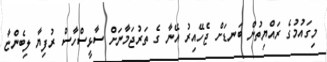
މިގައުމުގެ ރައްޔިތުން ބަނޑަށް ޖެހޭއިރު އޭނާ ގެ ތަރުޖަމާނަށް ސާޅީސްހާސް ރުފިޔާ ލިބެންޏާ